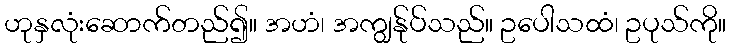
ဟုနှလုံးဆောက်တည်၍။ အဟံ၊ အကျွန်ုပ်သည်။ ဥပေါသထံ၊ ဥပုသ်ကို။